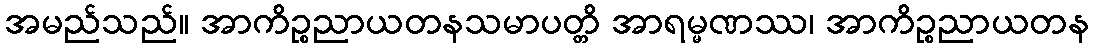
အမည်သည်။ အာကိဉ္စညာယတနသမာပတ္တိ အာရမ္မဏဿ၊ အာကိဉ္စညာယတန